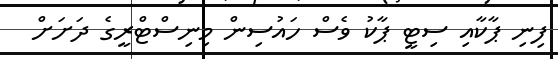
ފިނި ޕާކާއި ސިޓީ ޕާކު ވެސް ހައުސިން މިނިސްޓްރީގެ ދަށަށް